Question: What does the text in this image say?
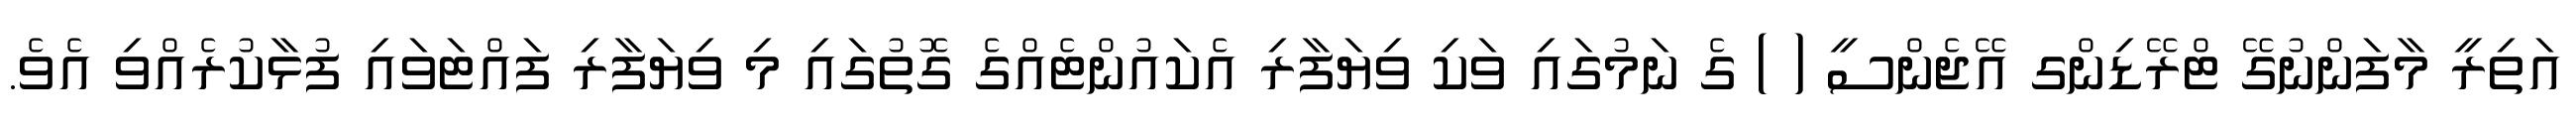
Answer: އަތިރީ މާފަންނުގޭ ޓްރޭޑިންގ އޭޖެންސީ ( ) ގެ ނަމުގައި ވަކި ވިޔަފާރި އެކައުންޓެއްގެ ގޮތުގައި މި ވިޔަފާރި ފައްޓަވައި ފުޅާކުރެއްވި އެވެ.